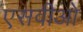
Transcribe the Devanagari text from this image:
एसवीओ